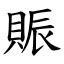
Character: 賑